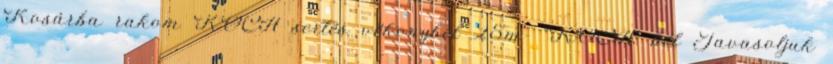
Kosárba rakom KOCA sertés vékonybél 25m- “KOCA” bél Javasoljuk